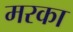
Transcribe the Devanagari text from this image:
मरका